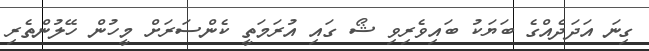
ގިނަ އަދަދެއްގެ ބަޔަކު ބައިވެރިވި ޝޯ ގައި އުރަމަތީ ކެންސަރަށް މީހުން ހޭލުންތެރި